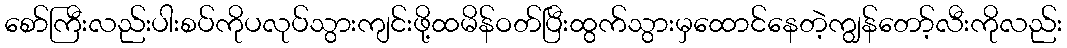
စော်ကြီးလည်းပါးစပ်ကိုပလုပ်သွားကျင်းဖို့ထမိန်ဝတ်ပြီးထွက်သွားမှထောင်နေတဲ့ကျွန်တော့်လီးကိုလည်း